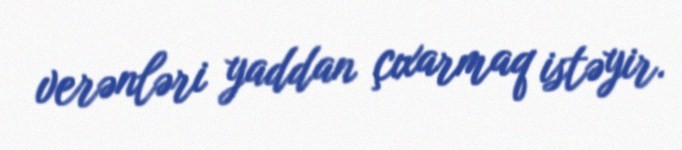
verənləri yaddan çıxarmaq istəyir.